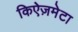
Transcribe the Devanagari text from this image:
किऐज़मेटा